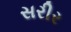
સરીર